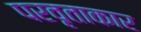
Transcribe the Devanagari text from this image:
परवृताकार